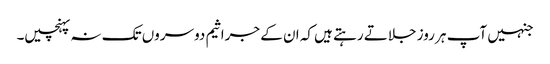
جنہیں آپ ہر روز جلاتے رہتے ہیں کہ ان کے جراثیم دوسروں تک نہ پہنچیں۔